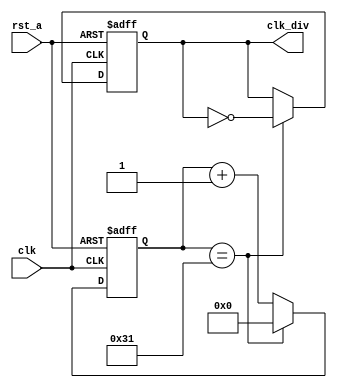
module ClockDivider(
input clk,rst_a,
output reg clk_div
);
localparam constantNumber = 50;
reg [31:0] count;
always @(posedge clk or negedge rst_a)
	begin
		if(!rst_a)
			count <= 32'b0;
		else if(count == constantNumber-1)
			count <= 32'b0;
		else
			count <= count +1;
	end

always @(posedge clk or negedge rst_a)
	begin
		if(!rst_a)
			clk_div <= 1'b0;
		else if(count == constantNumber-1)
			clk_div <= ~clk_div;
		else
			clk_div <= clk_div;
	end

endmodule